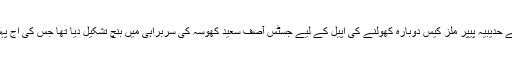
سپریم کورٹ نے حدیبیہ پیپر ملز کیس دوبارہ کھولنے کی اپیل کے لیے جسٹس آصف سعید کھوسہ کی سربراہی میں بنچ تشکیل دیا تھا جس کی آج پہلی سماعت تھی۔